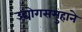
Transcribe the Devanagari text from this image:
उद्योगसमुहाने